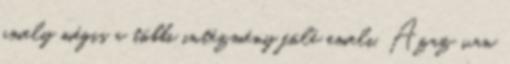
amely mégis a többi intézmény fölé emeli. Azaz van